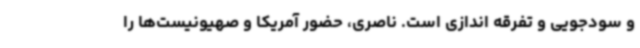
و سودجویی و تفرقه اندازی است. ناصری، حضور آمریکا و صهیونیست‌ها را